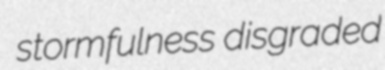
stormfulness disgraded